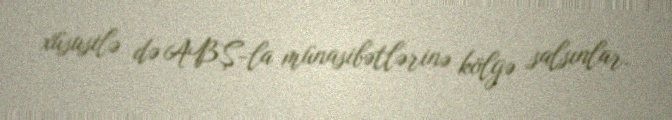
xüsusilə də ABŞ-la münasibətlərinə kölgə salsınlar.